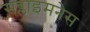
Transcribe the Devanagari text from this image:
सब्लाइमनेस